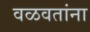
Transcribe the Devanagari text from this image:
वळवतांना